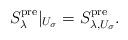
LaTeX: \begin{align*}S^{\mathrm{pre}}_{\lambda}|_{U_{\sigma}} =S^{\mathrm{pre}}_{\lambda,U_{\sigma}}.\end{align*}